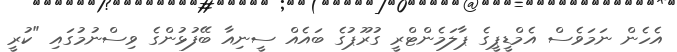
އެހެން ނަމަވެސް އެމްޑީޕީގެ ޕާލަމެންޓްރީ ގުރޫޕުގެ ބައެއް ސީނިއާ ބޭފުޅުންގެ ވިސްނުމުގައި "ކުރީ